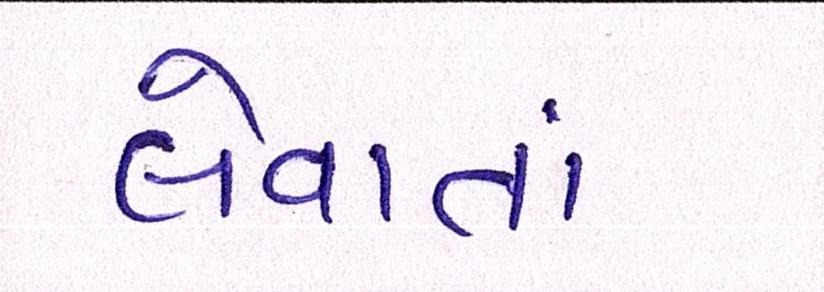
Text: લેવાતાં